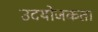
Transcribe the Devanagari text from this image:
उदयोजकता